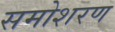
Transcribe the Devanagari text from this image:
समोशरण